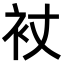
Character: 𧘓